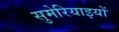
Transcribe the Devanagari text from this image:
सुमेरियाइयों